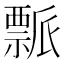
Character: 𬓘